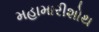
મહામારીશોથ